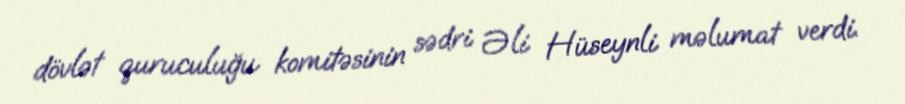
dövlət quruculuğu komitəsinin sədri Əli Hüseynli məlumat verdi.